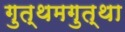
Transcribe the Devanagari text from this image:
गुत्थमगुत्था